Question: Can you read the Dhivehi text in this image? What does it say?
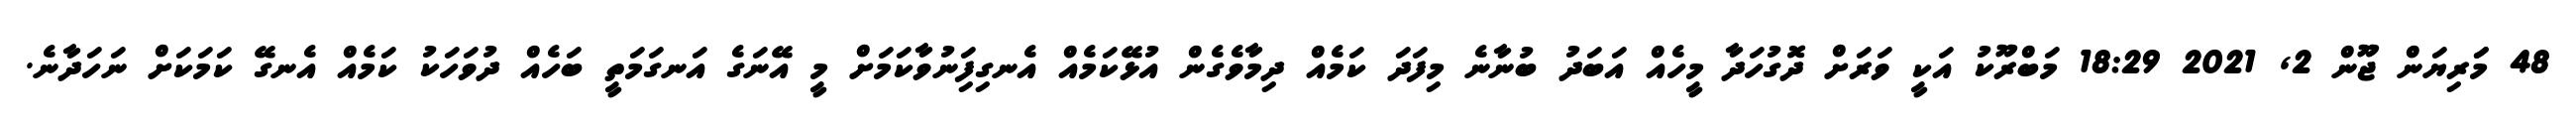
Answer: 48 މަަރިޔަން ޖޫން 2, 2021 18:29 މަބްރޫކު އަކީ ވަރަށް ދޮގުހަދާ މީހެއް އަބަދު ބުނާނެ މިފަދަ ކަމެއް ދިމާވެގެން އުޅޭކަމެއް އެނގިފަިނުވާކަމަށް މީ އޭނަގެ އަނގަމަތީ ބަހެއް ދުވަހަކު ކަމެއް އެނގޭ ކަމަކަށް ނަހަދާނެ.